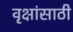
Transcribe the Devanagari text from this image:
वृक्षांसाठी